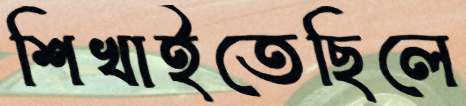
শিখাইতেছিলে